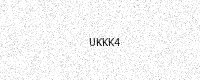
Text: UKKK4